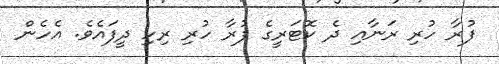
ފުރާ ހުރި ރަނާއި ދެ ކޮޓަރީގެ ފުރާ ހުރި ރިހި ދީފައެވެ. އެހެން